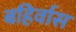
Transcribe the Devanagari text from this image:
बहिर्वास